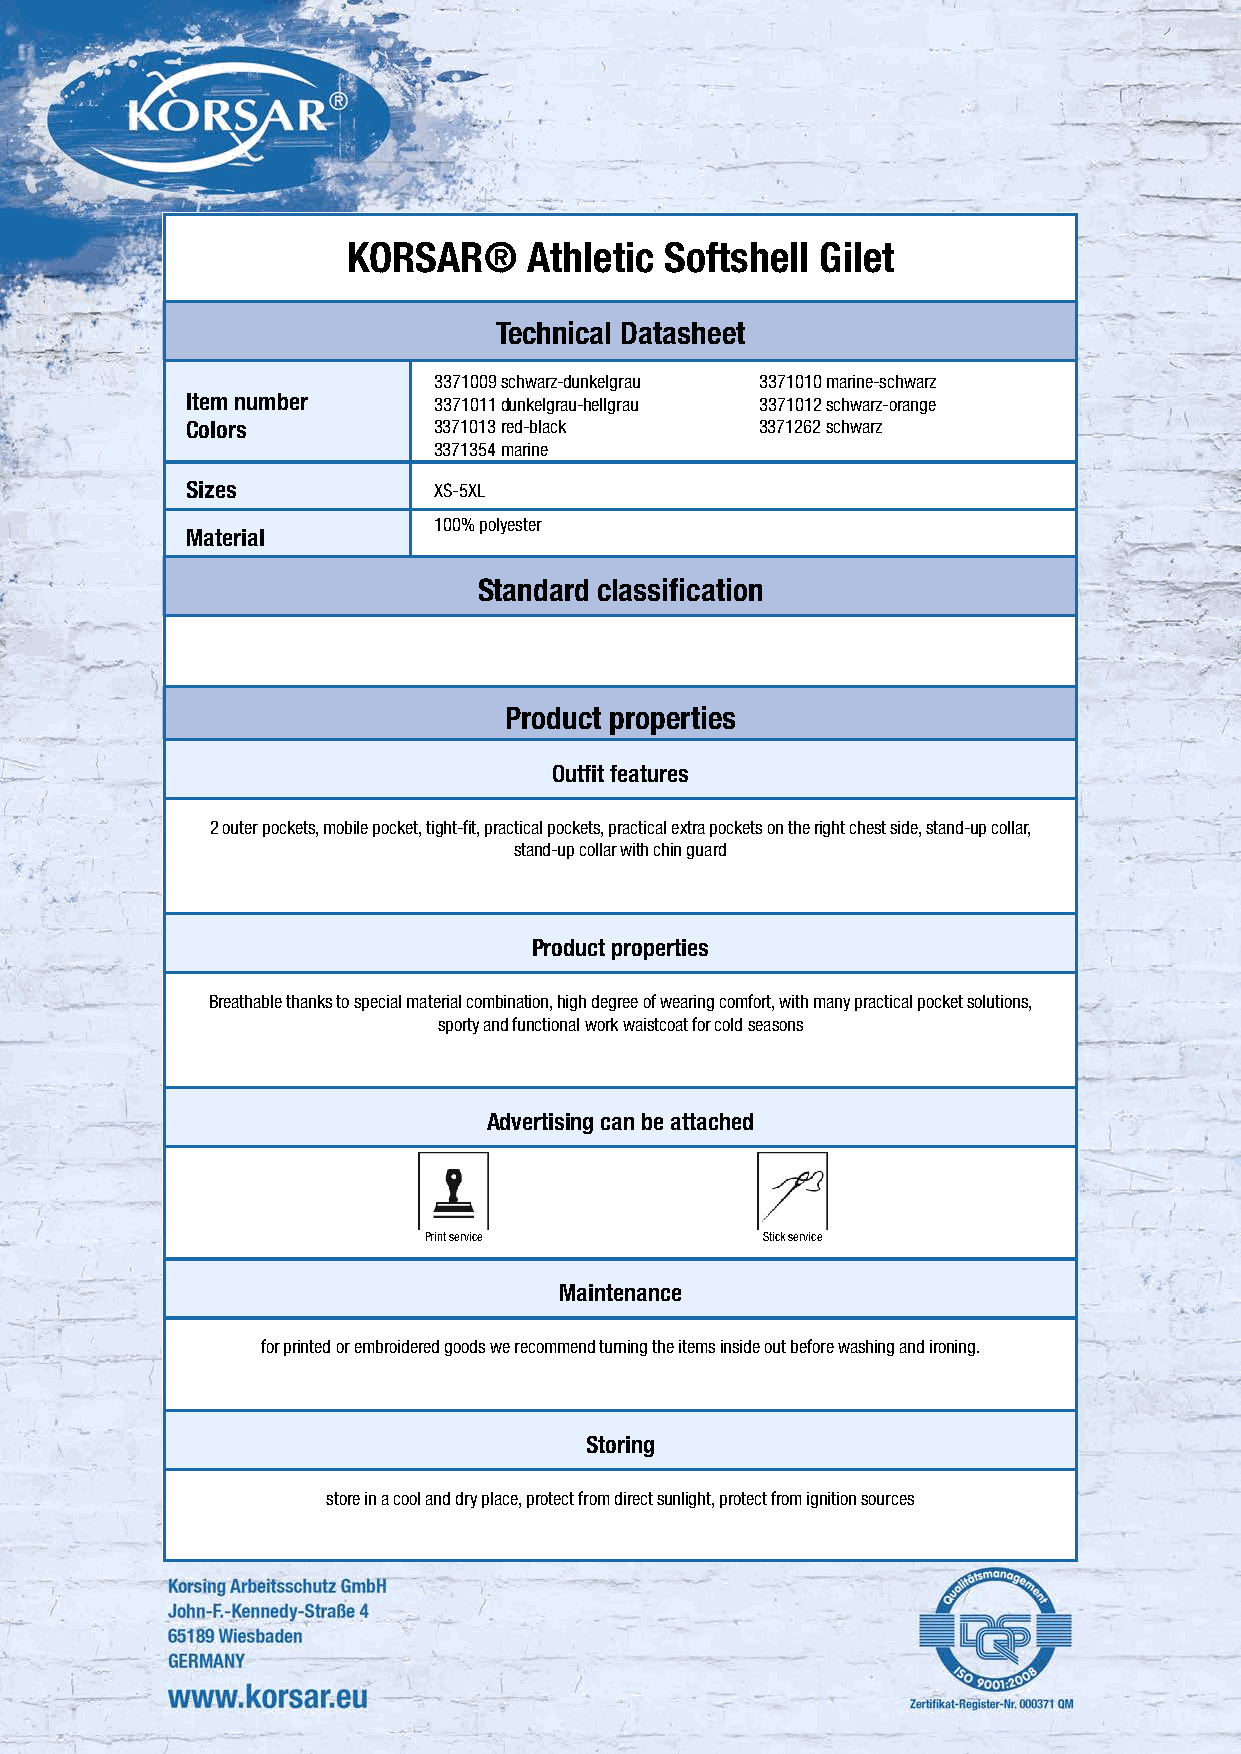
KORSAR®     Athletic Softshell Gilet
 Technical Datasheet
 3371009 schwarz-dunkelgrau 3371010 marine-schwarz
 Item number      3371011 dunkelgrau-hellgrau 3371012 schwarz-orange
 Colors           3371013 red-black    3371262 schwarz
 3371354 marine
 Sizes            XS-5XL
 100% polyester
 Material
 Standard classification
 Product properties
 Outfit features
 2 outer pockets, mobile pocket, tight-fit, practical pockets, practical extra pockets on the right chest side, stand-up collar,
 stand-up collar with chin guard
 Product properties
 Breathable thanks to special material combination, high degree of wearing comfort, with many practical pocket solutions,
 sporty and functional work waistcoat for cold seasons
 Advertising can be attached
 Print service          Stick service
 Maintenance
 for printed or embroidered goods we recommend turning the items inside out before washing and ironing.
 Storing
 store in a cool and dry place, protect from direct sunlight, protect from ignition sources